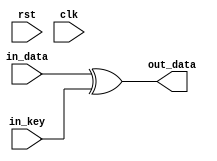
module add_round_key (in_data, in_key, out_data, rst, clk);
	input clk;
	input rst;
	input wire [127:0] in_data;
	input wire [127:0] in_key;
	output wire [127:0] out_data;
	
	reg [127:0] temp;
 
  assign out_data = temp;
	
	always @* begin
	
		temp = in_data ^ in_key;
	
	end
 
 
endmodule